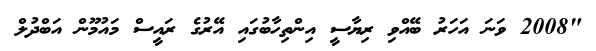
"2008 ވަނަ އަހަރު ބޭއްވި ރިޔާސީ އިންތިހާބުގައި އޭރުގެ ރައީސް މައުމޫން އަބްދުލް